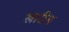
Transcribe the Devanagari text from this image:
खारीम